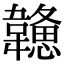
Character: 𩏦